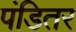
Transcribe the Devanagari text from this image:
पंडितर